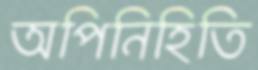
অপিনিহিতি